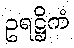
ဥရဋ္ဌိကံ